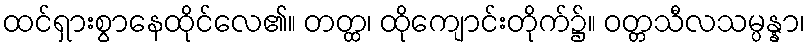
ထင်ရှားစွာနေထိုင်လေ၏။ တတ္ထ၊ ထိုကျောင်းတိုက်၌။ ဝတ္တသီလသမ္ပန္နာ၊